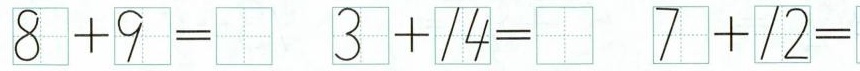
$$8 + 9 =$$ $$3 + 1 4 =$$ $$7 + 1 2 =$$